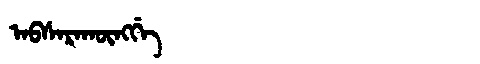
Manchu: ᠠᠪᠰᠠᡵᠠᡴᡡᠩᡤᡝ
Romanization: ABSARAKŪNGGE